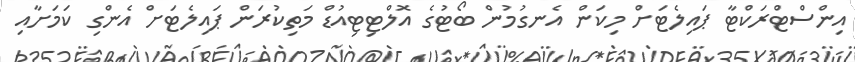
އިންސްޓްރަކްޓާ ޕައިލެޓަށް މިކަން އެނގުމުން ބޯޓުގެ އޮލްޓިޓިއުޑް މަތިކުރަން ޕައިލެޓަށް އެންގި ކަމަށާއި